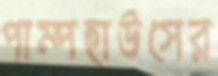
পাম্পহাউসের